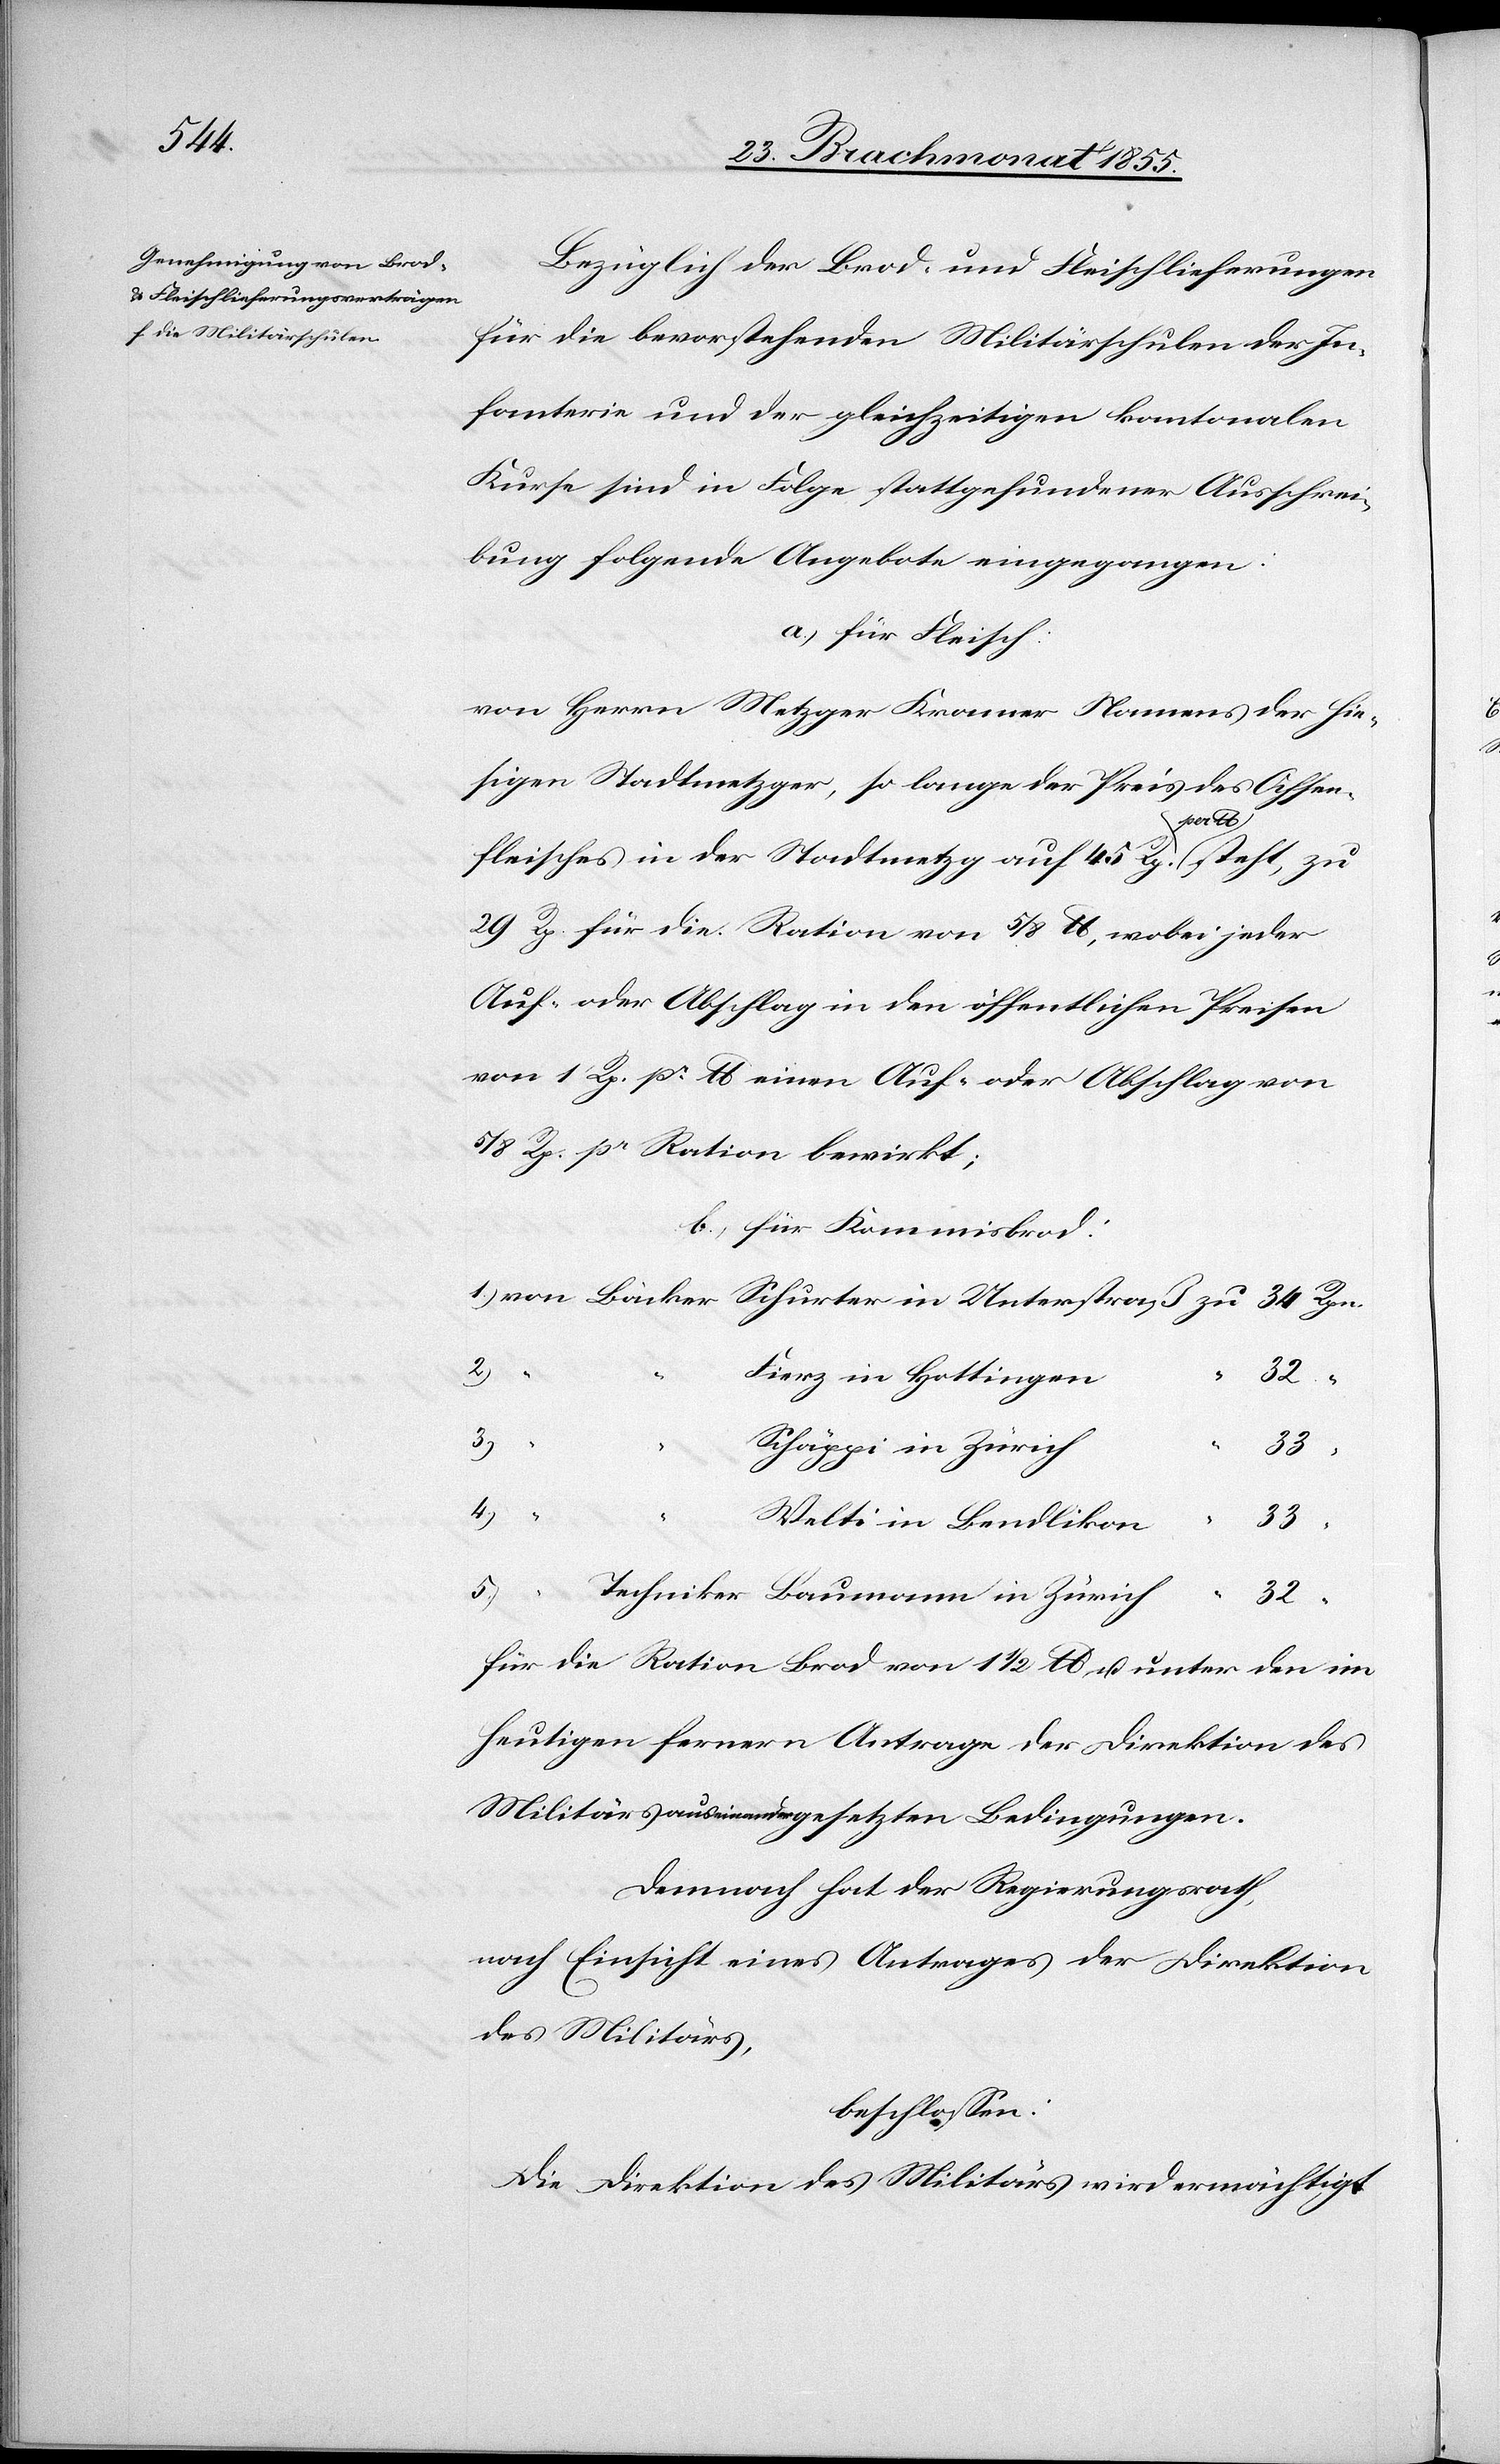
Bezüglich der Brod- und Fleischlieferungen
für die bevorstehenden Militärschulen der In¬
fanterie und der gleichzeitigen kantonalen
Kurse sind in Folge stattgefundener Ausschrei¬
bung folgende Angebote eingegangen:
a.) für Fleisch:
von Herrn Metzger Kramer Namens der hie¬
sigen Stadtmetzger, so lange der Preis des Ochsen¬
Schurter
fleisches in der Stadtmetzg auf 45 Rp. per lb. steht, zu
29 Rp. für die Ration von 5/8 lb., wobei jeder
Auf- oder Abschlag in den öffentlichen Preisen
von 1 Rp. pr. lb. einen Auf- oder Abschlag von
5/8 Rp. pr Ration bewirkt;
b.) für Kommisbrod:
von Bäcker
“
“
Fierz in Hottingen
32 “
3)
Schäppi in Zürich
33
4.)
“ “
Welti in Bendlikon
33
5.)
Techniker Baumann in Zürich
32 “
für die Ration Brod von 1 1/2 lb. u. unter den im
heutigen fernern Antrage der Direktion des
Militärs auseinandergesetzten Bedingungen.
Demnach hat der Regierungsrath,
nach Einsicht eines Antrages der Direktion
des Militärs,
beschlossen:
Die Direktion des Militärs wird ermächtigt